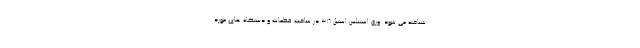
شناخته می شود. ورق استنلس استیل 316 در ساخت قطعات و دستگاه های مورد